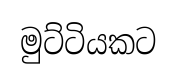
මුට්ටියකට